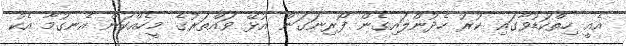
އެއީ ހިތްކަޑުވާގައި ކުރު ހެދުންލައިގެން ފޯރިނަގަން އުޅޭ ވައްތަރުގެ މީހެއްކަން އެނގުމާ އެކު